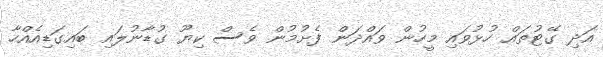
އަދި ގޭޓުތައް ހުޅުވައި މީހުން ވައްދަން ފެށުމުން ވެސް ކިޔޫ ގުޑާނުލައި ބައިގަޑިއެއްހާ